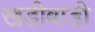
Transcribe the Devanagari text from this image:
खड़ीबाड़ी